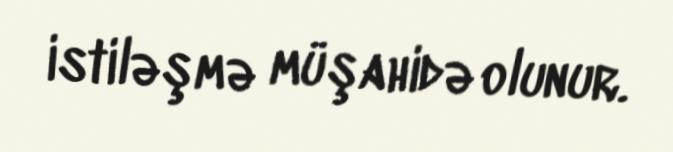
istiləşmə müşahidə olunur.